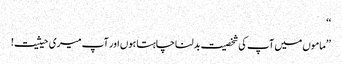
‘‘
’’ماموں میں آپ کی شخصیت بدلنا چاہتا ہوں اور آپ میری حیثیت!